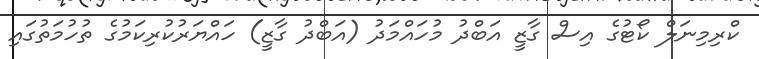
ކްރިމިނަލް ކޯޓުގެ އިސް ގާޒީ އަބްދު މުހައްމަދު (އަބްދު ގާޒީ) ހައްޔަރުކުރިކަމުގެ ތުހުމަތުގައި